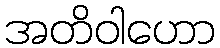
အတိဝါဟော